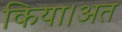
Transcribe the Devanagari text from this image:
किया।अत